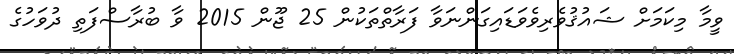
ވީމާ މިކަމަށް ޝައުޤުވެރިވެވަޑައިގަންނަވާ ފަރާތްތަކުން 25 ޖޫން 2015 ވާ ބުރާސްފަތި ދުވަހުގެ